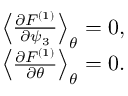
\begin{array} { r } { \left< { \frac { \partial F ^ { ( 1 ) } } { \partial \psi _ { 3 } } } \right> _ { \theta } = 0 , } \\ { \left< { \frac { \partial F ^ { \left( 1 \right) } } { \partial \theta } } \right> _ { \theta } = 0 . } \end{array}